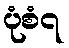
ပုံစံ၇